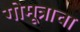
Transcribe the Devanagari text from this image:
गोमूत्राचा